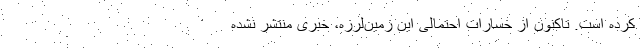
کرده است. تاکنون از خسارات احتمالی این زمین‌لرزه، خبری منتشر نشده